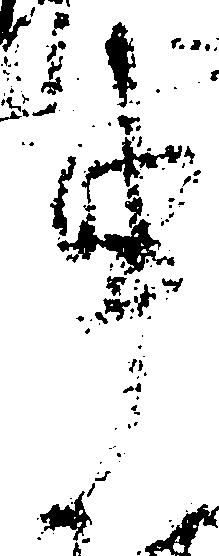
申